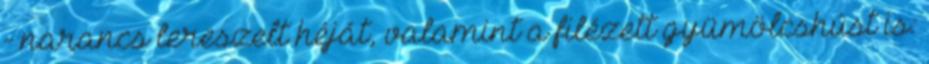
- narancs lereszelt héját, valamint a filézett gyümölcshúst is: